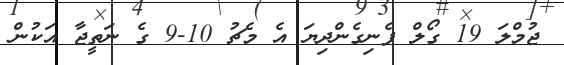
ޖުމްލަ 19 ގޯލް ފެނިގެންދިޔަ އެ މެޗު 10-9 ގެ ނަތީޖާ އަކުން